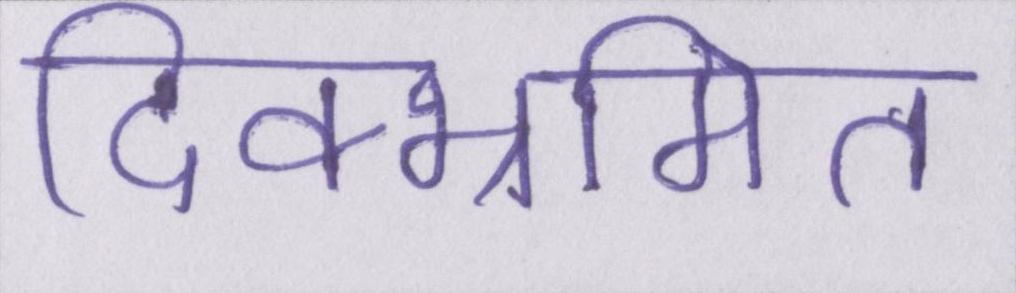
दिक्भ्रमित